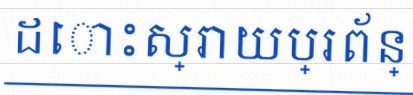
ដោះស្រាយប្រព័ន្ធសមីការ